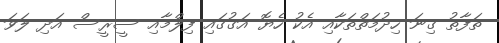
ތަފާތު ގިނަ ހިދުމަތްތަކާއި އެކު ހެޔޮ އަގުގައި ފިލްމާއި ސީރީސް އަދި ލަވަ